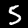
Digit: 5